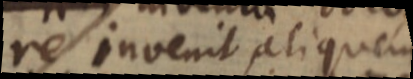
re invenit aliquem